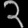
Digit: ၃